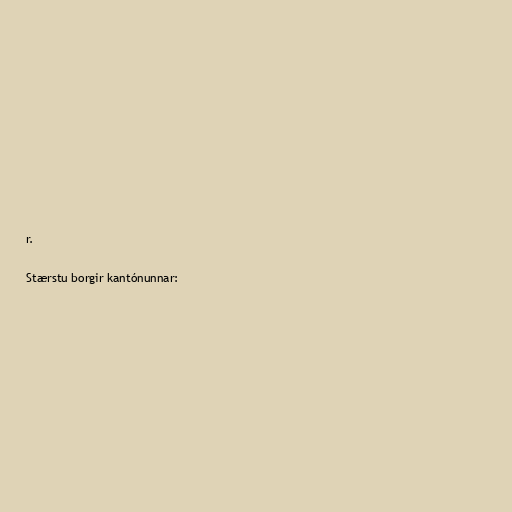
r.

Stærstu borgir kantónunnar: